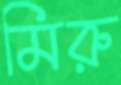
মিরু